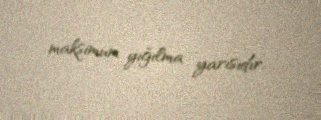
maksimum yığılma yarısıdır.